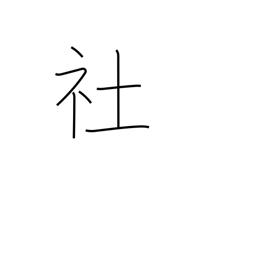
Meaning: shrine